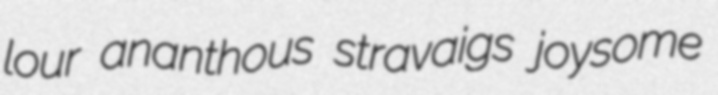
lour ananthous stravaigs joysome